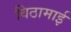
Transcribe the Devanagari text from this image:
विठामाई